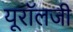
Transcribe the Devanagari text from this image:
यूरॉलजी